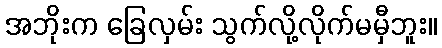
အဘိုးက ခြေလှမ်း သွက်လို့လိုက်မမှီဘူး။